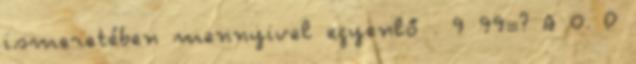
ismeretében mennyivel egyenlő . 9 99=? A 0. D